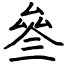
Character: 叄